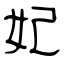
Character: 妃